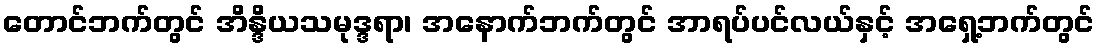
တောင်ဘက်တွင် အိန္ဒိယသမုဒ္ဒရာ၊ အနောက်ဘက်တွင် အာရပ်ပင်လယ်နှင့် အရှေ့ဘက်တွင်